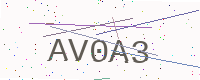
Text: AV0A3